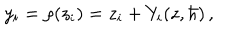
LaTeX: y _ { i } = \rho ( z _ { i } ) = z _ { i } + Y _ { i } ( z , \hbar ) \, ,